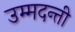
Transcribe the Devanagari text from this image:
उम्मदन्ती